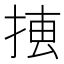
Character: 𢮨